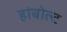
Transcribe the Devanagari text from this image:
हांबोल्ट